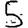
Digit: 5